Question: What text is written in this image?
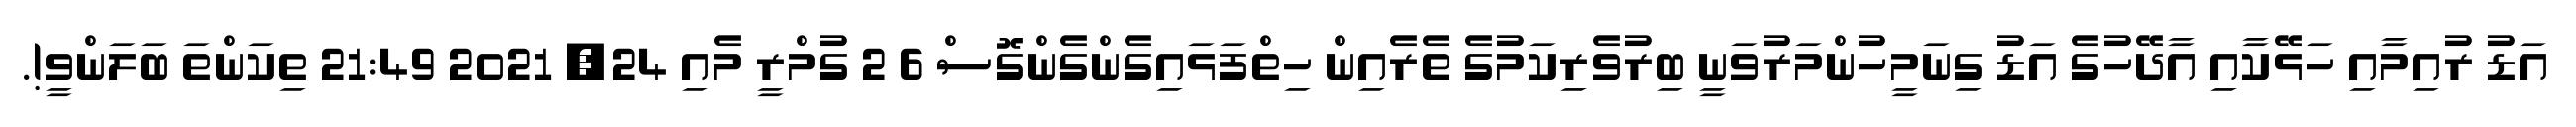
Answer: އަޑު ރުއިމާއި ހަޅޭކާއި އާދޭހުގެ އަޑު ގިނަމީހުންމަރުވަނީ ބިރުވެރިކަމުގެ ތެރެއިން ހިތްފަޅައިގެންގެންގޮސް 6 2 ގުމްރީ މެއި 24, 2021 21:49 ތިކަންތަ ބަލަންވީ!.